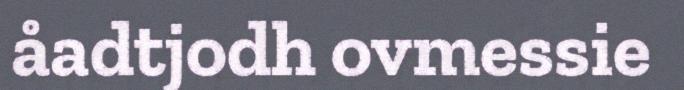
åadtjodh ovmessie